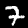
Digit: 7